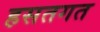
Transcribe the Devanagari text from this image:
हसतगत